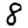
Digit: 8